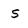
Character: s